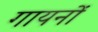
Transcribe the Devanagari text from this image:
गायनों